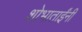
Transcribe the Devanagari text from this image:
शोभाताईंनी